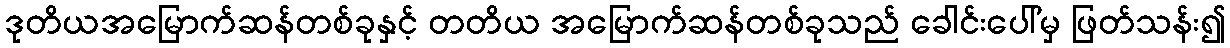
ဒုတိယအမြောက်ဆန်တစ်ခုနှင့် တတိယ အမြောက်ဆန်တစ်ခုသည် ခေါင်းပေါ်မှ ဖြတ်သန်း၍